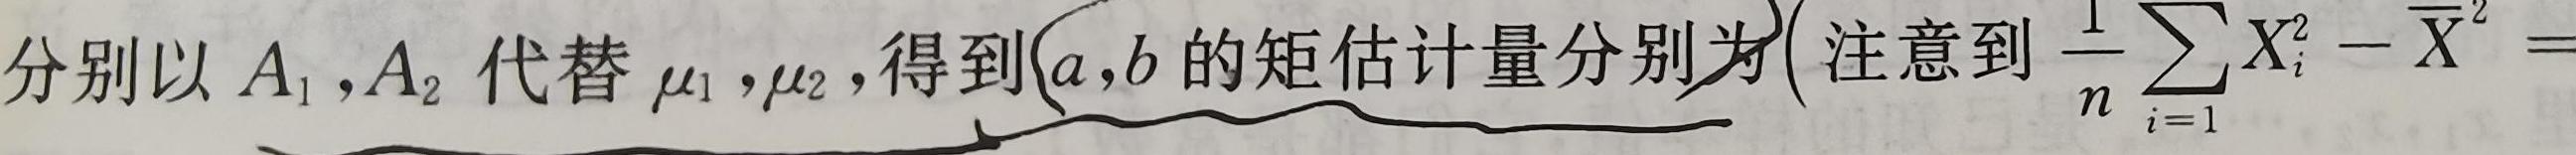
分别以 $A_1,A_2$ 代替 $\mu_1,\mu_2$,得到$a,b$ 的矩估计量分别为(注意到 $\frac{1}{n}\sum_{i = 1}X_{i}^{2}-\overline{X}^{2}=$